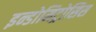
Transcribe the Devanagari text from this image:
इन्डोमिट्रोसिस